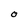
Character: O